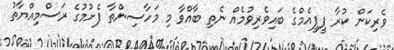
ވެރިކަން ކުރާ ޕީޕީއެމްގެ ބައިވެރިވުމެއް ނެތި ބާއްވާ މި މަހާސިންތާ ފެށުމުގެ ރަސްމިއްޔާތު